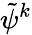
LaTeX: \tilde{\psi}^{k}